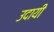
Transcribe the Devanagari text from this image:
उदायी